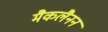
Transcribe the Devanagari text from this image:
मैकलैनन